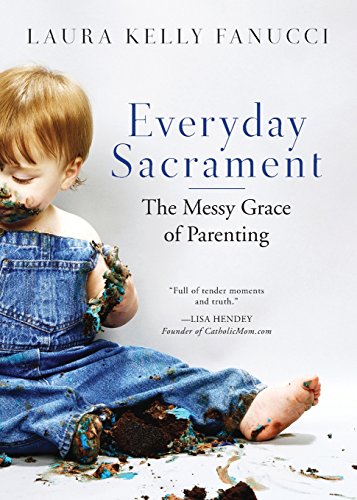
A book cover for Everyday Sacrament: The Messy Grace of Parenting; Laura Kelly Fanucci; Christian Books & Bibles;